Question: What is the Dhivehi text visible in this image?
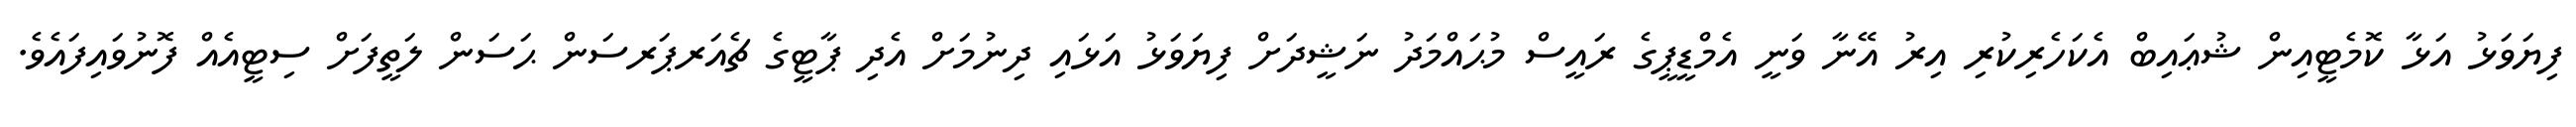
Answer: ފިޔަވަޅު އަޅާ ކޮމެޓީއިން ޝުޢައިބް އެކަހެރިކުރި އިރު އޭނާ ވަނީ އެމްޑީޕީގެ ރައީސް މުޙައްމަދު ނަޝީދަށް ފިޔަވަޅު އަޅައި ދިނުމަށް އެދި ޕާޓީގެ ޗެއަރޕަރސަން ޙަސަން ލަތީފަށް ސިޓީއެއް ފޮނުވައިފައެވެ.